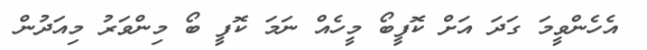
އެހެންވީމަ ގަދަ އަށް ކޮފީބޯ މީހެއް ނަމަ ކޮފީ ބޯ މިންވަރު މިއަދުން